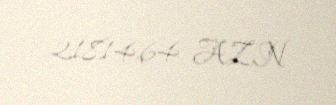
21814,64 AZN